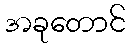
အခုတောင်